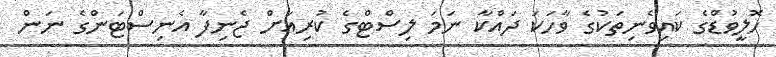
ހޮލީވުޑްގެ ކައިވެނިތަކުގެ ވާހަކަ ދައްކާ ނަމަ ލިސްޓްގެ ކުރިއަށް ޖެނިފާ އެނިސްޓަންގެ ނަން